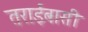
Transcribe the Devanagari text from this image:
तराईबासी